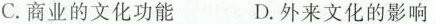
C.商业的文化功能 D.外来文化的影响